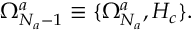
\Omega _ { N _ { a } - 1 } ^ { a } \equiv \{ \Omega _ { N _ { a } } ^ { a } , H _ { c } \} .